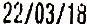
22/03/18